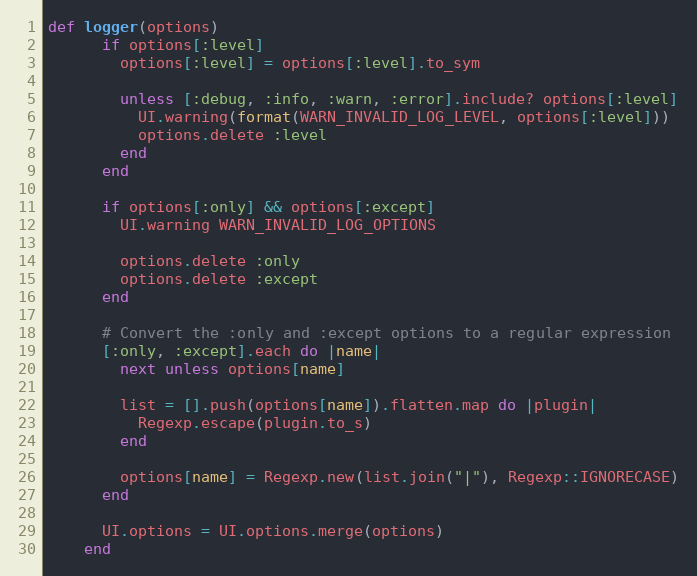
Language: Ruby
def logger(options)
      if options[:level]
        options[:level] = options[:level].to_sym

        unless [:debug, :info, :warn, :error].include? options[:level]
          UI.warning(format(WARN_INVALID_LOG_LEVEL, options[:level]))
          options.delete :level
        end
      end

      if options[:only] && options[:except]
        UI.warning WARN_INVALID_LOG_OPTIONS

        options.delete :only
        options.delete :except
      end

      # Convert the :only and :except options to a regular expression
      [:only, :except].each do |name|
        next unless options[name]

        list = [].push(options[name]).flatten.map do |plugin|
          Regexp.escape(plugin.to_s)
        end

        options[name] = Regexp.new(list.join("|"), Regexp::IGNORECASE)
      end

      UI.options = UI.options.merge(options)
    end